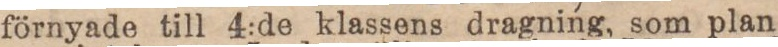
förnyade till 4:de klassens dragning, som plan